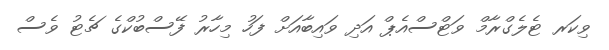
ވިކަރ ޓެލެގްރާމް ވަޓްސްއެޕް އަދި ވައިބާއަށް ފަހު މިހާރު ފޭސްބުކްގެ ޗެޓު ވެސް